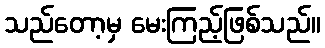
သည်တော့မှ မေးကြည့်ဖြစ်သည်။